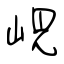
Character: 峴